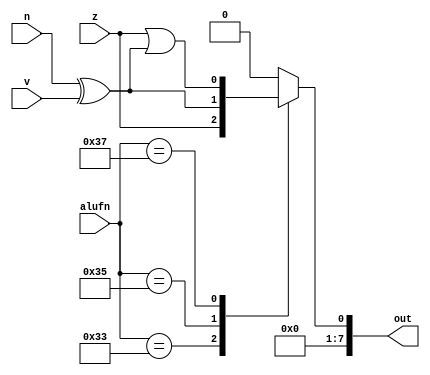
/*
   This file was generated automatically by the Mojo IDE version B1.3.6.
   Do not edit this file directly. Instead edit the original Lucid source.
   This is a temporary file and any changes made to it will be destroyed.
*/

module compare_11 (
    input [5:0] alufn,
    input z,
    input v,
    input n,
    output reg [7:0] out
  );
  
  
  
  always @* begin
    out = 8'h00;
    
    case (alufn)
      6'h33: begin
        out[0+0-:1] = z;
      end
      6'h35: begin
        out = n ^ v;
      end
      6'h37: begin
        out = z | (n ^ v);
      end
    endcase
  end
endmodule